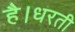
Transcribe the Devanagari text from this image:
है।धरती